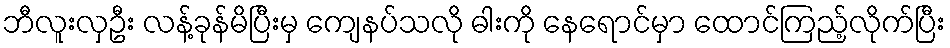
ဘီလူးလှဦး လန့်ခုန်မိပြီးမှ ကျေနပ်သလို ဓါးကို နေရောင်မှာ ထောင်ကြည့်လိုက်ပြီး